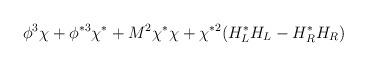
LaTeX: \begin{align*}\phi^3 \chi + \phi^{*3}\chi^* + M^2\chi^*\chi + \chi^{*2} (H_L^*H_L - H_R^*H_R)\end{align*}